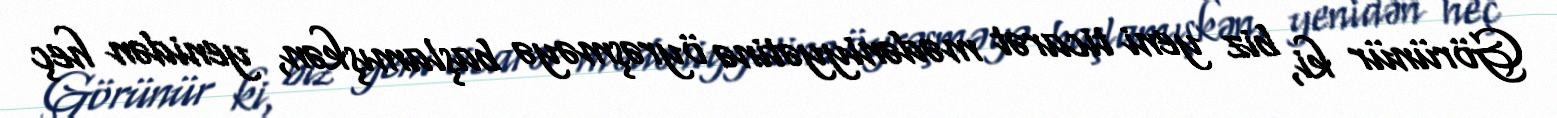
Görünür ki, biz yeni ticarət mədəniyyətinə öyrəşməyə başlamışkən, yenidən heç